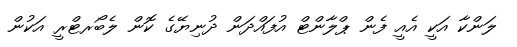
ލަންކާ އަކީ އެއީ ފެން ޕްލާންޓް އުފައްދަން ދުނިޔޭގެ ކޮން ލެބޯރޓްރީ އަކުން